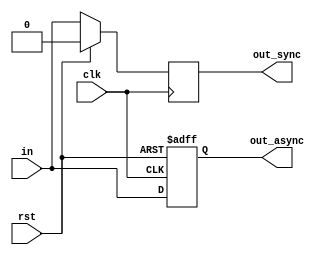
// This program was cloned from: https://github.com/Suni123456789/100DaysRTL
// License: Apache License 2.0

`timescale 1ns / 1ps

module synchronous_asynchronous_reset(
    input clk,rst,in,
    output reg out_async,out_sync
    );

    
////////// SYNCHRONOUS RESET //////////
    always@(posedge clk)  
    begin
        if(rst) out_sync<= 1'b0;
        else out_sync <= in;
    end


////////// ASYNCHRONOUS RESET /////////
    always@(posedge clk, posedge rst)
    begin
        if(rst) out_async<= 1'b0;
        else out_async <= in;
    end  
    
endmodule